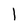
Character: l